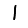
Digit: 1